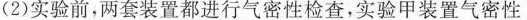
(2)实验前，两套装置都进行气密性